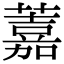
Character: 䕒